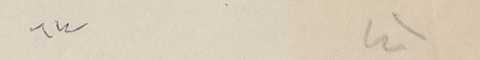
٤١			٦٤